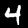
Label: 4